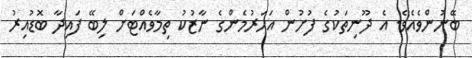
ބޭނުންވެއެވެ. އެ ދޫނިތަކުގެ ފުށުން އަހަރުމެންގެ ނާޒުކު ތިމާވެއްޓަށް ލިބޭ ފައިދާ ބޮޑުއިރު